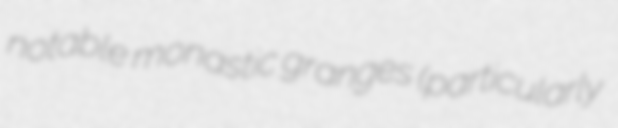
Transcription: notable monastic granges (particularly